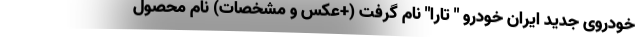
خودروی جدید ایران خودرو " تارا" نام گرفت (+عکس و مشخصات) نام محصول